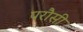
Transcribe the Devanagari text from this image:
परौसी